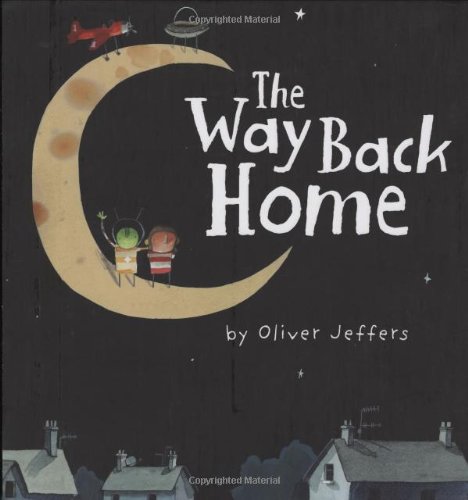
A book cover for The Way Back Home; Oliver Jeffers; Children's Books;